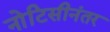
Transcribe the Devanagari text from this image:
नोटिसीनंतर